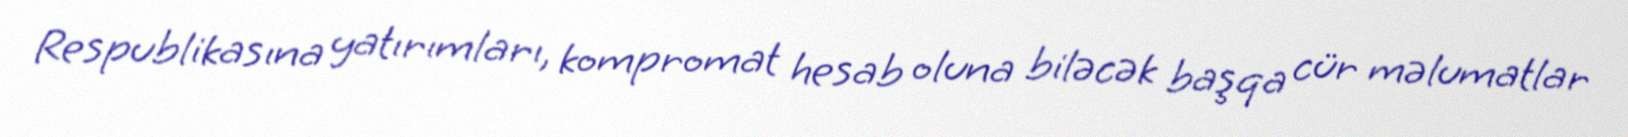
Respublikasına yatırımları, kompromat hesab oluna biləcək başqa cür məlumatlar